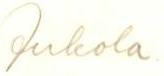
Jukola